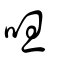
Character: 呾